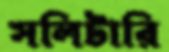
সলিটারি